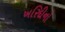
ખરિદીનો